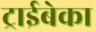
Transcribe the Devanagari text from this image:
ट्राईबेका